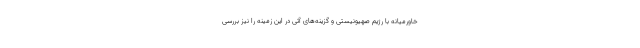
خاورمیانه با رژیم صهیونیستی و گزینه‌های آتی در این زمینه را نیز بررسی